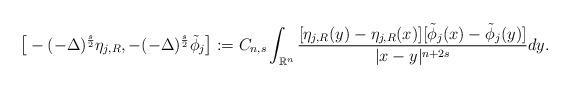
LaTeX: \begin{align*}\big[-(-\Delta)^{\frac{s}{2}}\eta_{j, R},-(-\Delta)^{\frac{s}{2}}\tilde{\phi}_j\big]:=C_{n,s}\int_{\mathbb{R}^n} \frac{[\eta_{j,R}(y)-\eta_{j,R}(x)][\tilde{\phi}_j(x)-\tilde{\phi}_j(y)]}{|x-y|^{n+2s}}dy.\end{align*}